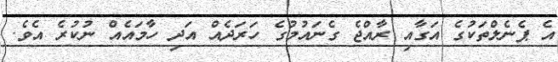
އެ ޕެނެލްތަކުގެ އަގާއި ރާއްޖެ ގެނައުމުގެ ހަރަދެއް އަދި ހާމައެއް ނުކުރެ އެވެ.